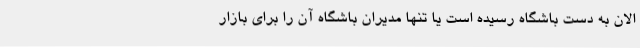
الان به دست باشگاه رسیده است یا تنها مدیران باشگاه آن را برای بازار